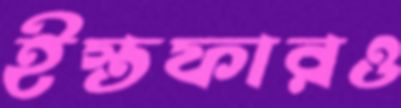
ইস্তফারও